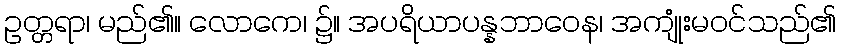
ဥတ္တရာ၊ မည်၏။ လောကေ၊ ၌။ အပရိယာပန္နဘာဝေန၊ အကျုံးမဝင်သည်၏